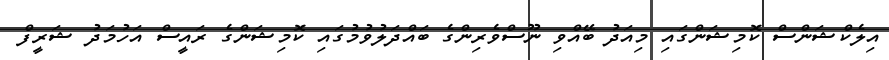
އިލެކްޝަންސް ކޮމިޝަންގައި މިއަދު ބޭއްވި ނޫސްވެރިންގެ ބައްދަލުވުމުގައި ކޮމިޝަންގެ ރައީސް އަހުމަދު ޝަރީފް